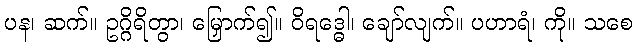
ပန၊ ဆက်။ ဥဂ္ဂိရိတွာ၊ မြှောက်၍။ ဝိရဒ္ဓေါ၊ ချော်လျက်။ ပဟာရံ၊ ကို။ သစေ